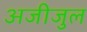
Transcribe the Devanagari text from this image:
अजीजुल